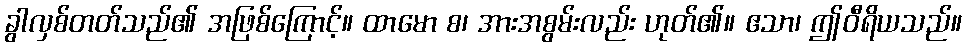
ခွါလှစ်တတ်သည်၏ အဖြစ်ကြောင့်။ ထာမော စ၊ အားအစွမ်းလည်း ဟုတ်၏။ ဧသာ၊ ဤဝီရိယသည်။